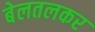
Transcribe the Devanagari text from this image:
बेलतलकर